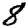
Digit: 8